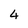
Character: 4